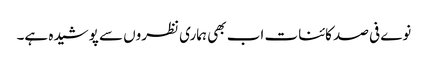
نوے فی صد کائنات اب بھی ہماری نظروں سے پوشیدہ ہے۔